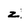
Character: z